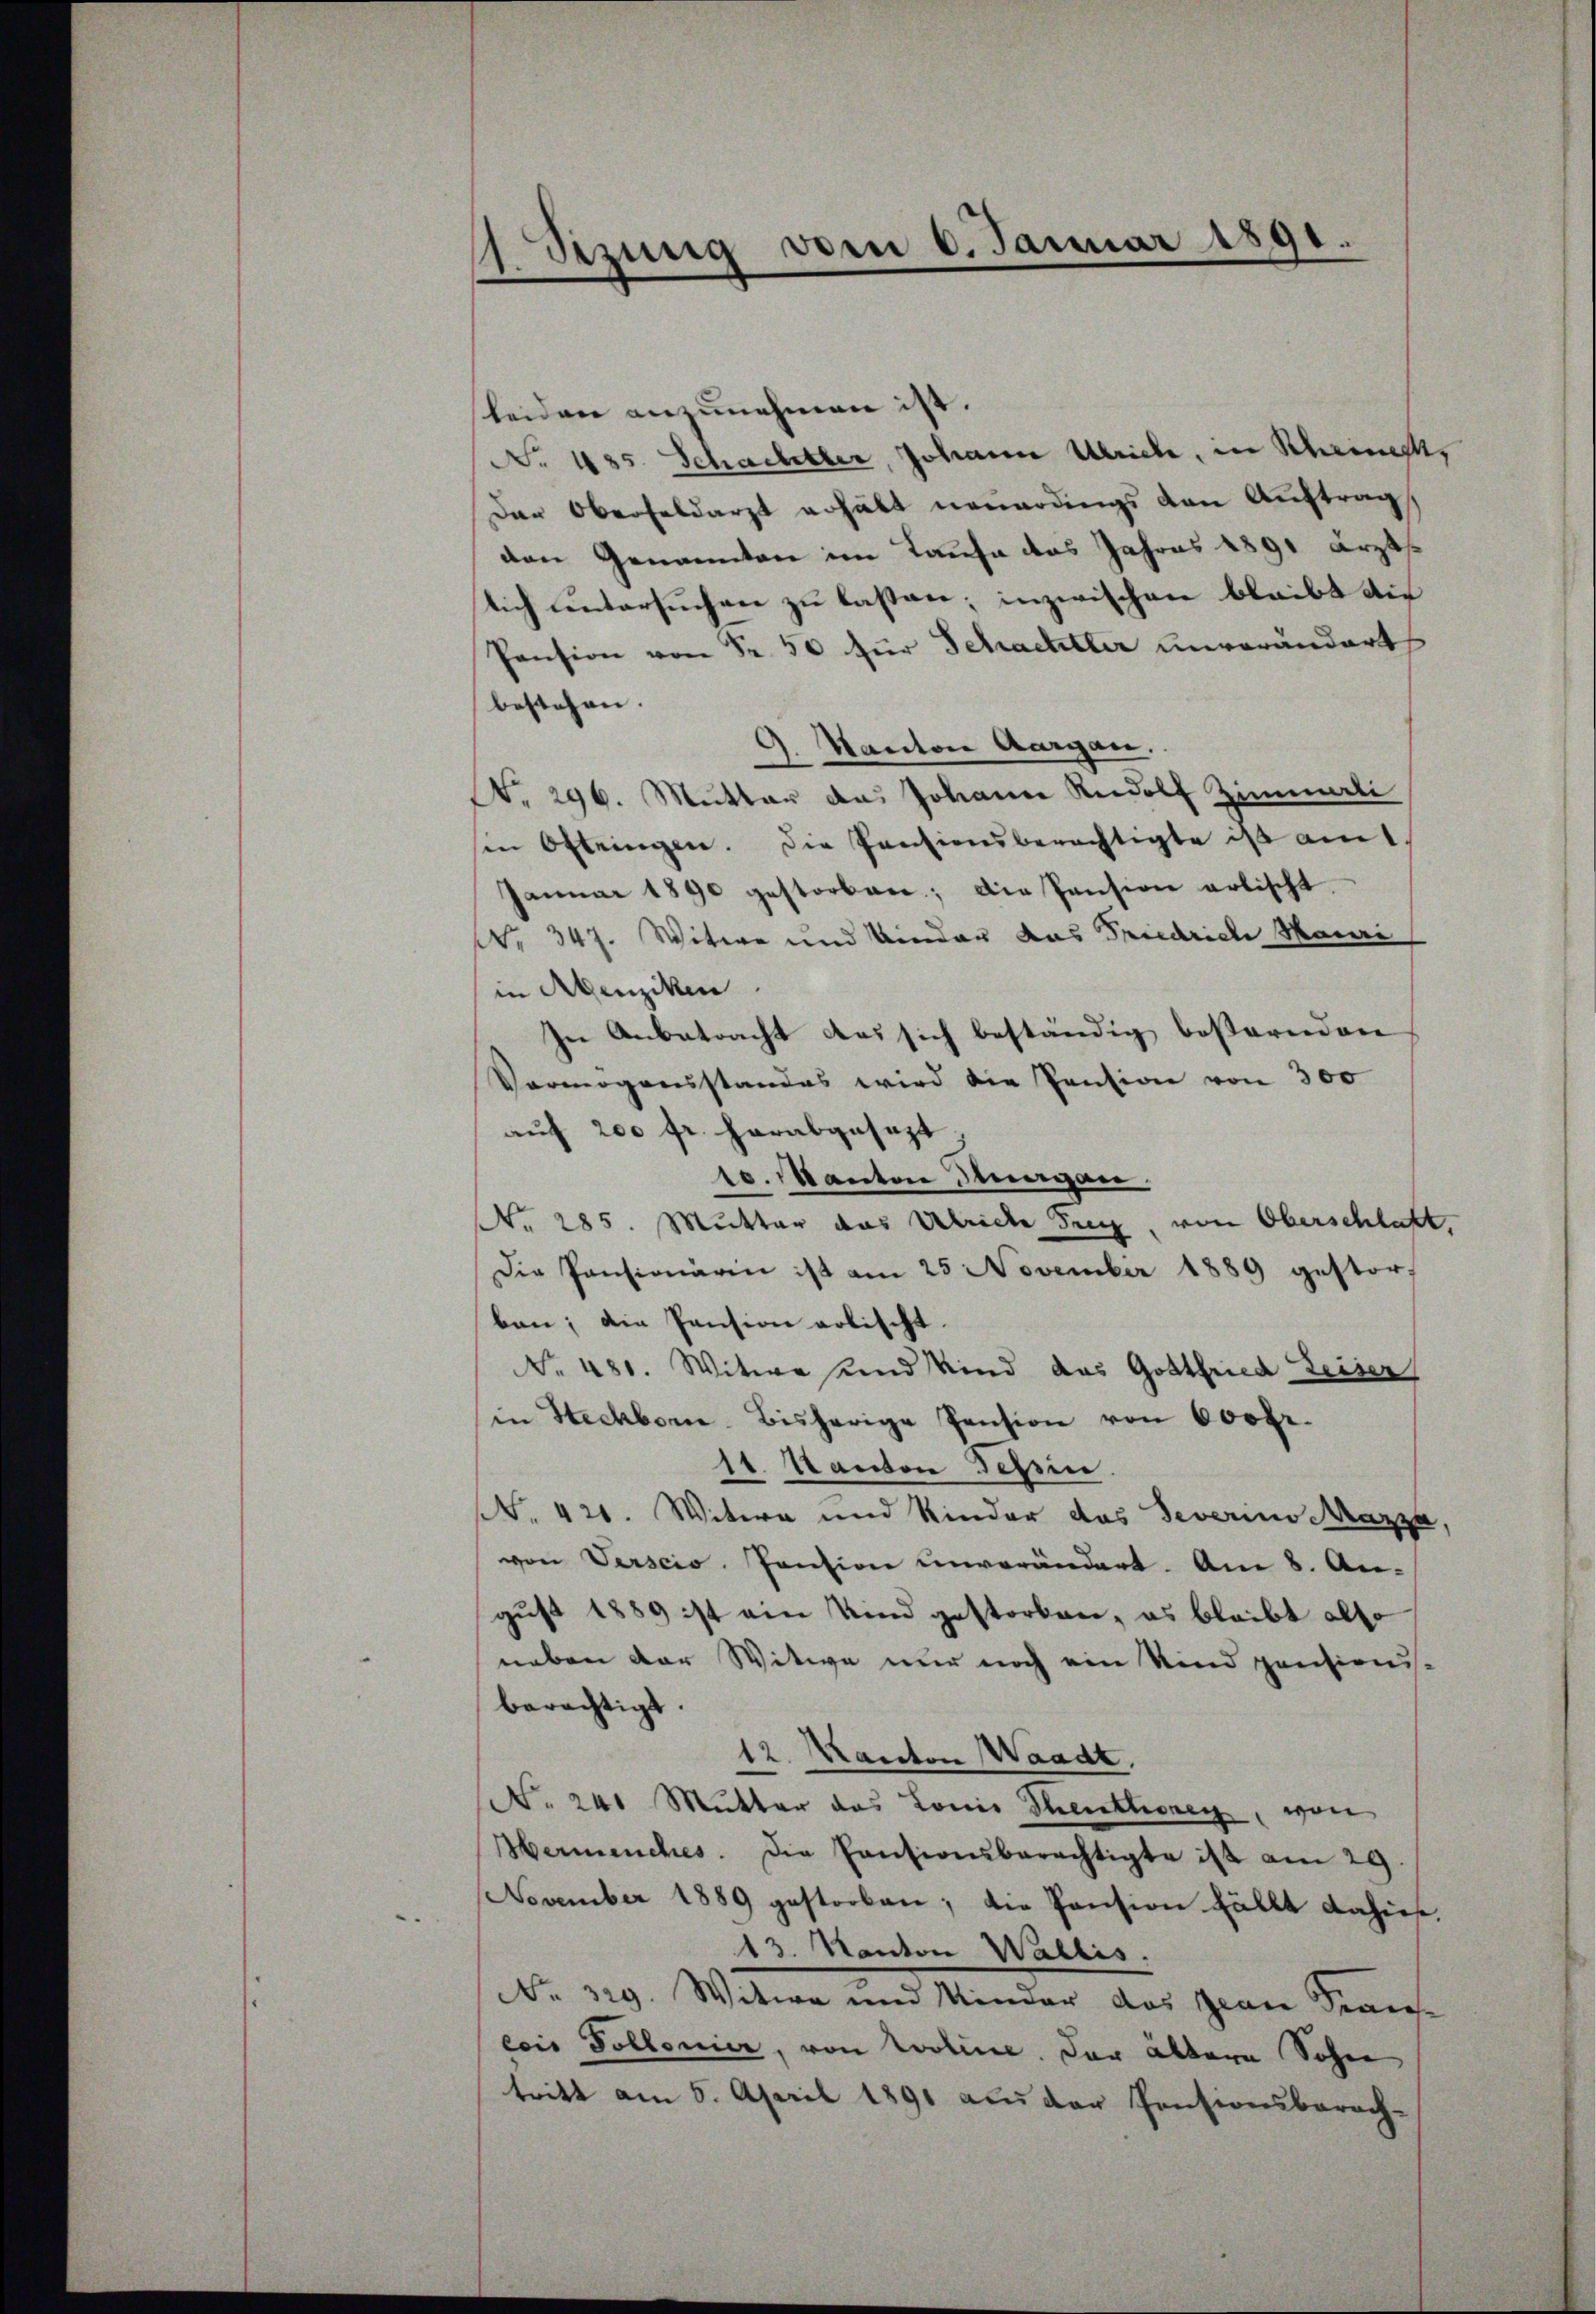
1 Setzung vom 6. Januar 1891.

leiden anzunehmen ist.
No 135. Schachetter, Johann Ulriche, in Scheint,
Der Oberfeldarzt erhält neuerdings den Auftrag
den Genannten im Taufe das Jahres 1891 ärztlich untersuchen zu lassen; inzwischen bleibt die
Pension von Fr. 50 für Schachtler unverändert
bestehen. |
9. Kanton Aargau.
N. 296. Mutter das Johann Rudolf Zimmerli
sin Oftringen. Die Pensionsberechtigte ist am 1.
Januar 1890 gestorben; die Pension artischt
Nr. 347. Witwe und Kinder das Friedrich Mauri
in Abenziken
In Anbetracht das sich beständig beßernden
Vermögensstandes wird die Pension von 300
auf 200 fr. herabgesezt.
10. Mantere Stuayan
No. 285. Mutter das Ulriche Frn, von Oberschlatt,
Die Pensionärin ist am 25 November 1889 gestor-
ben; die Pension polischt.
NNo. 481. Witwe und Kind das Gottfried Leiser
in Steckborn. Bisherige Pension von 600fr.
11. Kanton Tessin.
NNo. 420. Witwe und Kinder das Severino MMazza
von Verscio Pension ŭnverändert. Am 8. August 1889 ist ein Kind gestorben, es bleibt also
neben der Witwe nur noch ein Kind pensionis
berechtigt.
12. Kanton Waadt.
No. 241 Mutter das Lonio Sentionen, von
Hermenches. Die Cantionsberechtigte ist am 29.
November 1889 gestorben; die Pension fällt dahiese,
13. Kanton Wallis.
No. 329. Witwe und Minder das Jean Sinne
eois Pollonier, von Looline. Der ältern Sohne
tritt am 5. April 1891 aus der Pensionsberach-